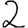
Digit: 2